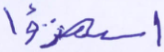
استهزئوا